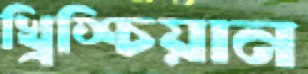
খ্রিশ্চিয়ান